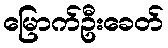
မြောက်ဦးခေတ်